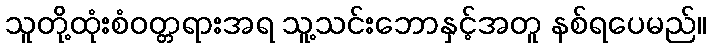
သူတို့ထုံးစံဝတ္တရားအရ သူ့သင်းဘောနှင့်အတူ နစ်ရပေမည်။